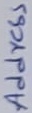
Text: Address